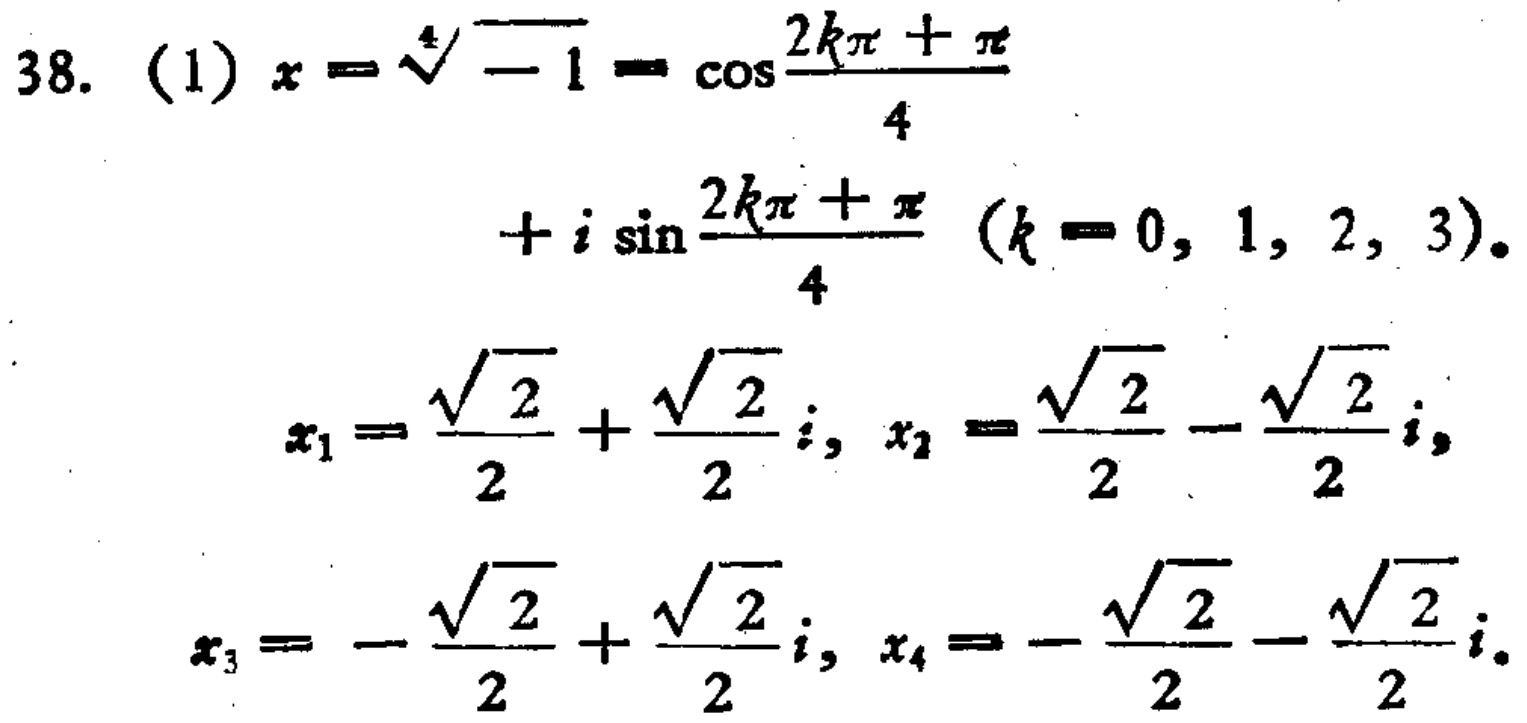
\[
\begin{align*}
38.\ (1)\ x&=\sqrt[4]{-1}=\cos\frac{2k\pi+\pi}{4}\\
&+i\sin\frac{2k\pi+\pi}{4}\ (k = 0,1,2,3).\\
x_1&=\frac{\sqrt{2}}{2}+\frac{\sqrt{2}}{2}i,\ x_2=\frac{\sqrt{2}}{2}-\frac{\sqrt{2}}{2}i,\\
x_3&=-\frac{\sqrt{2}}{2}+\frac{\sqrt{2}}{2}i,\ x_4=-\frac{\sqrt{2}}{2}-\frac{\sqrt{2}}{2}i.
\end{align*}
\]